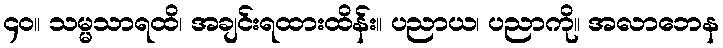
၄၀။ သမ္မသာရထိ၊ အချင်းရထားထိန်း။ ပညာယ၊ ပညာကို။ အလာဘေန